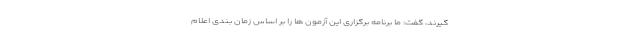
گیرند، گفت: ما برنامه برگزاری این آزمون ها را بر اساس زمان بندی اعلام